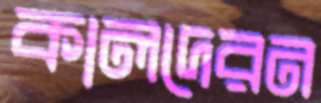
কালদেরন